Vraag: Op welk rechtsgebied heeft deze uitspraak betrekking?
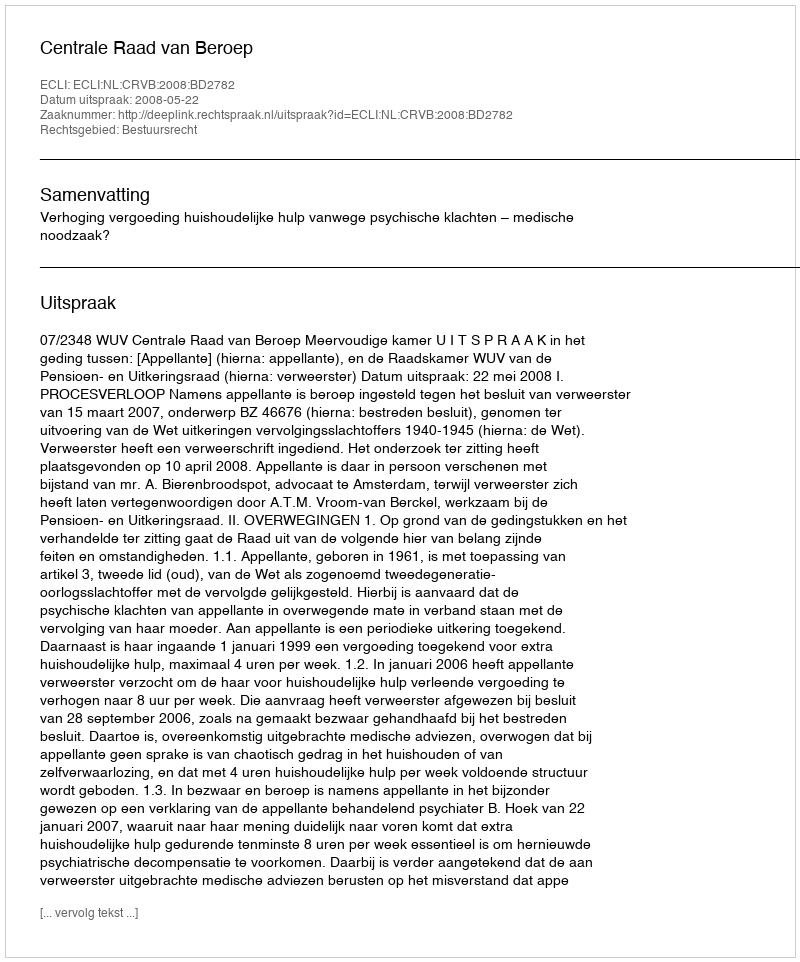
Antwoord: Bestuursrecht